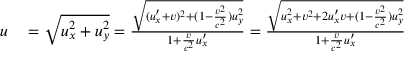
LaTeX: \begin{array} { r l } { u } & { { } = { \sqrt { u _ { x } ^ { 2 } + u _ { y } ^ { 2 } } } = { \frac { \sqrt { ( u _ { x } ^ { \prime } + v ) ^ { 2 } + ( 1 - { \frac { v ^ { 2 } } { c ^ { 2 } } } ) u _ { y } ^ { 2 } } } { 1 + { \frac { v } { c ^ { 2 } } } u _ { x } ^ { \prime } } } = { \frac { \sqrt { u _ { x } ^ { 2 } + v ^ { 2 } + 2 u _ { x } ^ { \prime } v + ( 1 - { \frac { v ^ { 2 } } { c ^ { 2 } } } ) u _ { y } ^ { 2 } } } { 1 + { \frac { v } { c ^ { 2 } } } u _ { x } ^ { \prime } } } } \end{array}